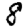
Digit: 8